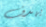
يهدف